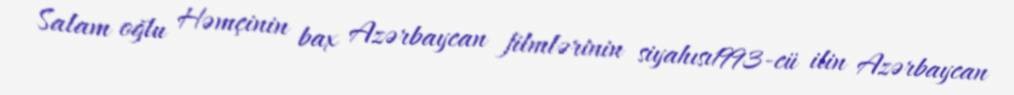
Salam oğlu Həmçinin bax Azərbaycan filmlərinin siyahısı1993-cü ilin Azərbaycan